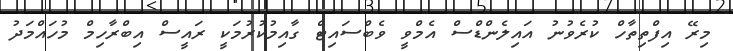
މިރޭ އިފްތިތާހް ކުރެވުނު އައިލެންޑްސް އެމްވީ ވެބްސައިޓް ގާއިމުކުރުމަކީ ރައީސް އިބްރާހިމް މުހައްމަދު